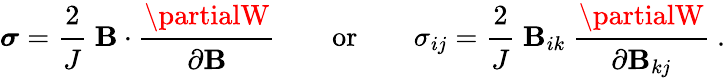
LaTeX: {\boldsymbol{\sigma}}={\cfrac{2}{J}}~{\boldsymbol{\mathbf{B}}}\cdot{\cfrac{\partialW}{\partial{\boldsymbol{\mathbf{B}}}}}\qquad{\mathrm{{or}}}\qquad\sigma_{ij}={\cfrac{2}{J}}~\mathbf{B}_{ik}~{\cfrac{\partialW}{\partial\mathbf{B}_{kj}}}~.